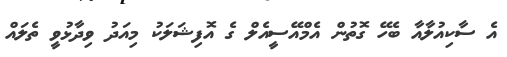
އެ ސާކިއުލާއާ ބެހޭ ގޮތުން އެމްއޭސީއެލް ގެ އޮފިޝަލަކު މިއަދު ވިދާޅުވީ ތެލައް